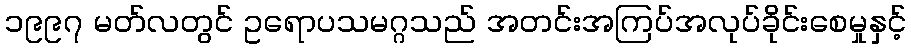
၁၉၉၇ မတ်လတွင် ဥရောပသမဂ္ဂသည် အတင်းအကြပ်အလုပ်ခိုင်းစေမှုနှင့်